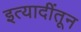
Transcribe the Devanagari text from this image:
इत्यादींतून